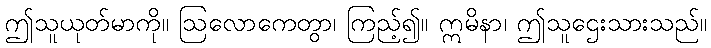
ဤသူယုတ်မာကို။ ဩလောကေတွာ၊ ကြည့်၍။ ဣမိနာ၊ ဤသူဌေးသားသည်။